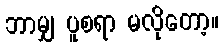
ဘာမျှ ပူစရာ မလိုတော့။